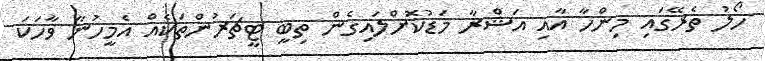
ހޯލު ތެރޭގައި މިންހާ އާއި އަޝްރާ މަޑުކޮށްލައިގެން ތިބީ ޓީޗަރުންތަކެއް އެމީހުނާ ވާހަކަ